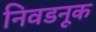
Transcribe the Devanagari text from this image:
निवडनूक